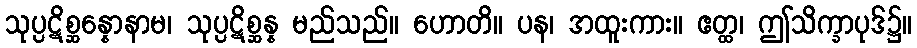
သုပ္ပဋိစ္ဆန္နောနာမ၊ သုပ္ပဋိစ္ဆန္န မည်သည်။ ဟောတိ။ ပန၊ အထူးကား။ ဧတ္ထ၊ ဤသိက္ခာပုဒ်၌။